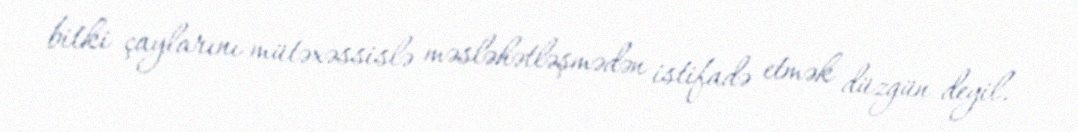
bitki çaylarını mütəxəssislə məsləhətləşmədən istifadə etmək düzgün deyil.